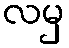
လမှ